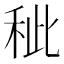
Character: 𥞅